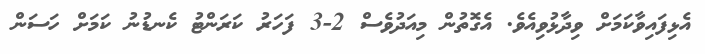
އެޅިފައިވާކަމަށް ވިދާޅުވިއެވެ. އެގޮތުން މިއަދުވެސް 2-3 ފަހަރު ކަރަންޓު ކެނޑުނު ކަމަށް ހަސަން